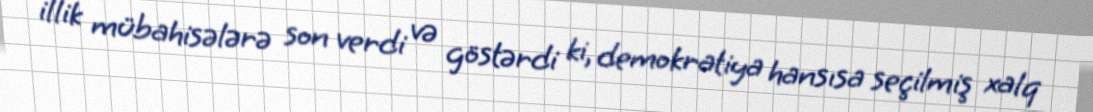
illik mübahisələrə son verdi və göstərdi ki, demokratiya hansısa seçilmiş xalq